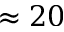
\approx 2 0